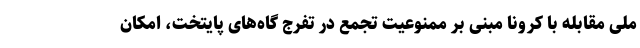
ملی مقابله با کرونا مبنی بر ممنوعیت تجمع در تفرج گاه‌های پایتخت، امکان